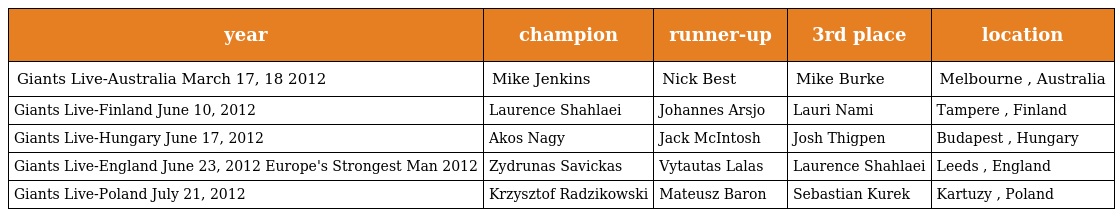
| year | champion | runner-up | 3rd place | location |
 | --- | --- | --- | --- | --- |
 | Giants Live-Australia March 17, 18 2012 | Mike Jenkins | Nick Best | Mike Burke | Melbourne , Australia |
 | Giants Live-Finland June 10, 2012 | Laurence Shahlaei | Johannes Arsjo | Lauri Nami | Tampere , Finland |
 | Giants Live-Hungary June 17, 2012 | Akos Nagy | Jack McIntosh | Josh Thigpen | Budapest , Hungary |
 | Giants Live-England June 23, 2012 Europe's Strongest Man 2012 | Zydrunas Savickas | Vytautas Lalas | Laurence Shahlaei | Leeds , England |
 | Giants Live-Poland July 21, 2012 | Krzysztof Radzikowski | Mateusz Baron | Sebastian Kurek | Kartuzy , Poland |